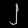
Digit: ၂